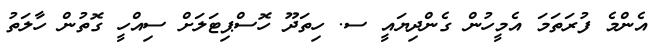
އެންމެ ފުރަތަމަ އެމީހުން ގެންދިޔައީ ސ. ހިތަދޫ ހޮސްޕިޓަލަށް ސިއްހީ ގޮތުން ހާލަތު